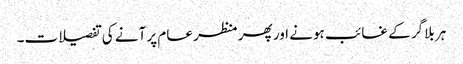
ہر بلاگر کے غائب ہونے اور پھر منظر عام پر آنے کی تفصیلات۔